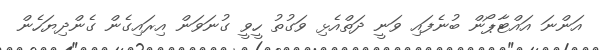
އަންނަ އައްޓާޕޯން ބުނެފައި ވަނީ ދަތްއެޅި ވަގުތު ހީވީ ގުނަވަން އިރައިގެން ގެންދިޔަހެން